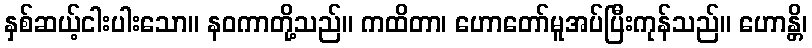
နှစ်ဆယ့်ငါးပါးသော။ နဝကာတို့သည်။ ကထိတာ၊ ဟောတော်မူအပ်ပြီးကုန်သည်။ ဟောန္တိ၊